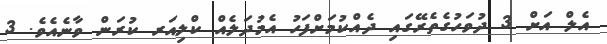
އެލް އަށް 3 ދުވަހުގެތެރޭގައި ދެއްކުމަށްފަހު އެމުދަލެއް ކްލިއަރ ކުރަން ވާނެއެވެ. 3